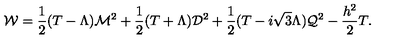
{ \cal W } = { \frac { 1 } { 2 } } ( T - \Lambda ) { \cal M } ^ { 2 } + { \frac { 1 } { 2 } } ( T + \Lambda ) { \cal D } ^ { 2 } + { \frac { 1 } { 2 } } ( T - i \sqrt { 3 } \Lambda ) { \cal Q } ^ { 2 } - { \frac { h ^ { 2 } } { 2 } } T .